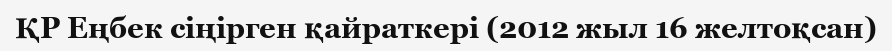
ҚР Еңбек сіңірген қайраткері (2012 жыл 16 желтоқсан)